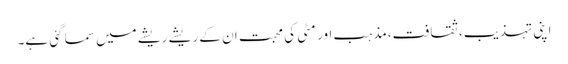
اپنی تہذیب،ثقافت،مذہب اور مٹی کی محبت ان کے ریشے ریشے میں سما گئی ہے۔